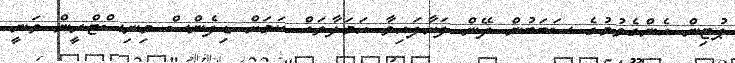
ޕުޓިން އެންގެވުމުގެ ސަބަބުން ދޭން ފަށާފައިވާ ހަމަލާތައް ކަމަށް ޑިފެންސް މިނިސްޓްރީން ވަނީ